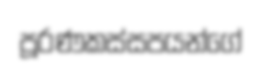
පූරණකස්සපයන්ගේ